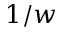
1 / w